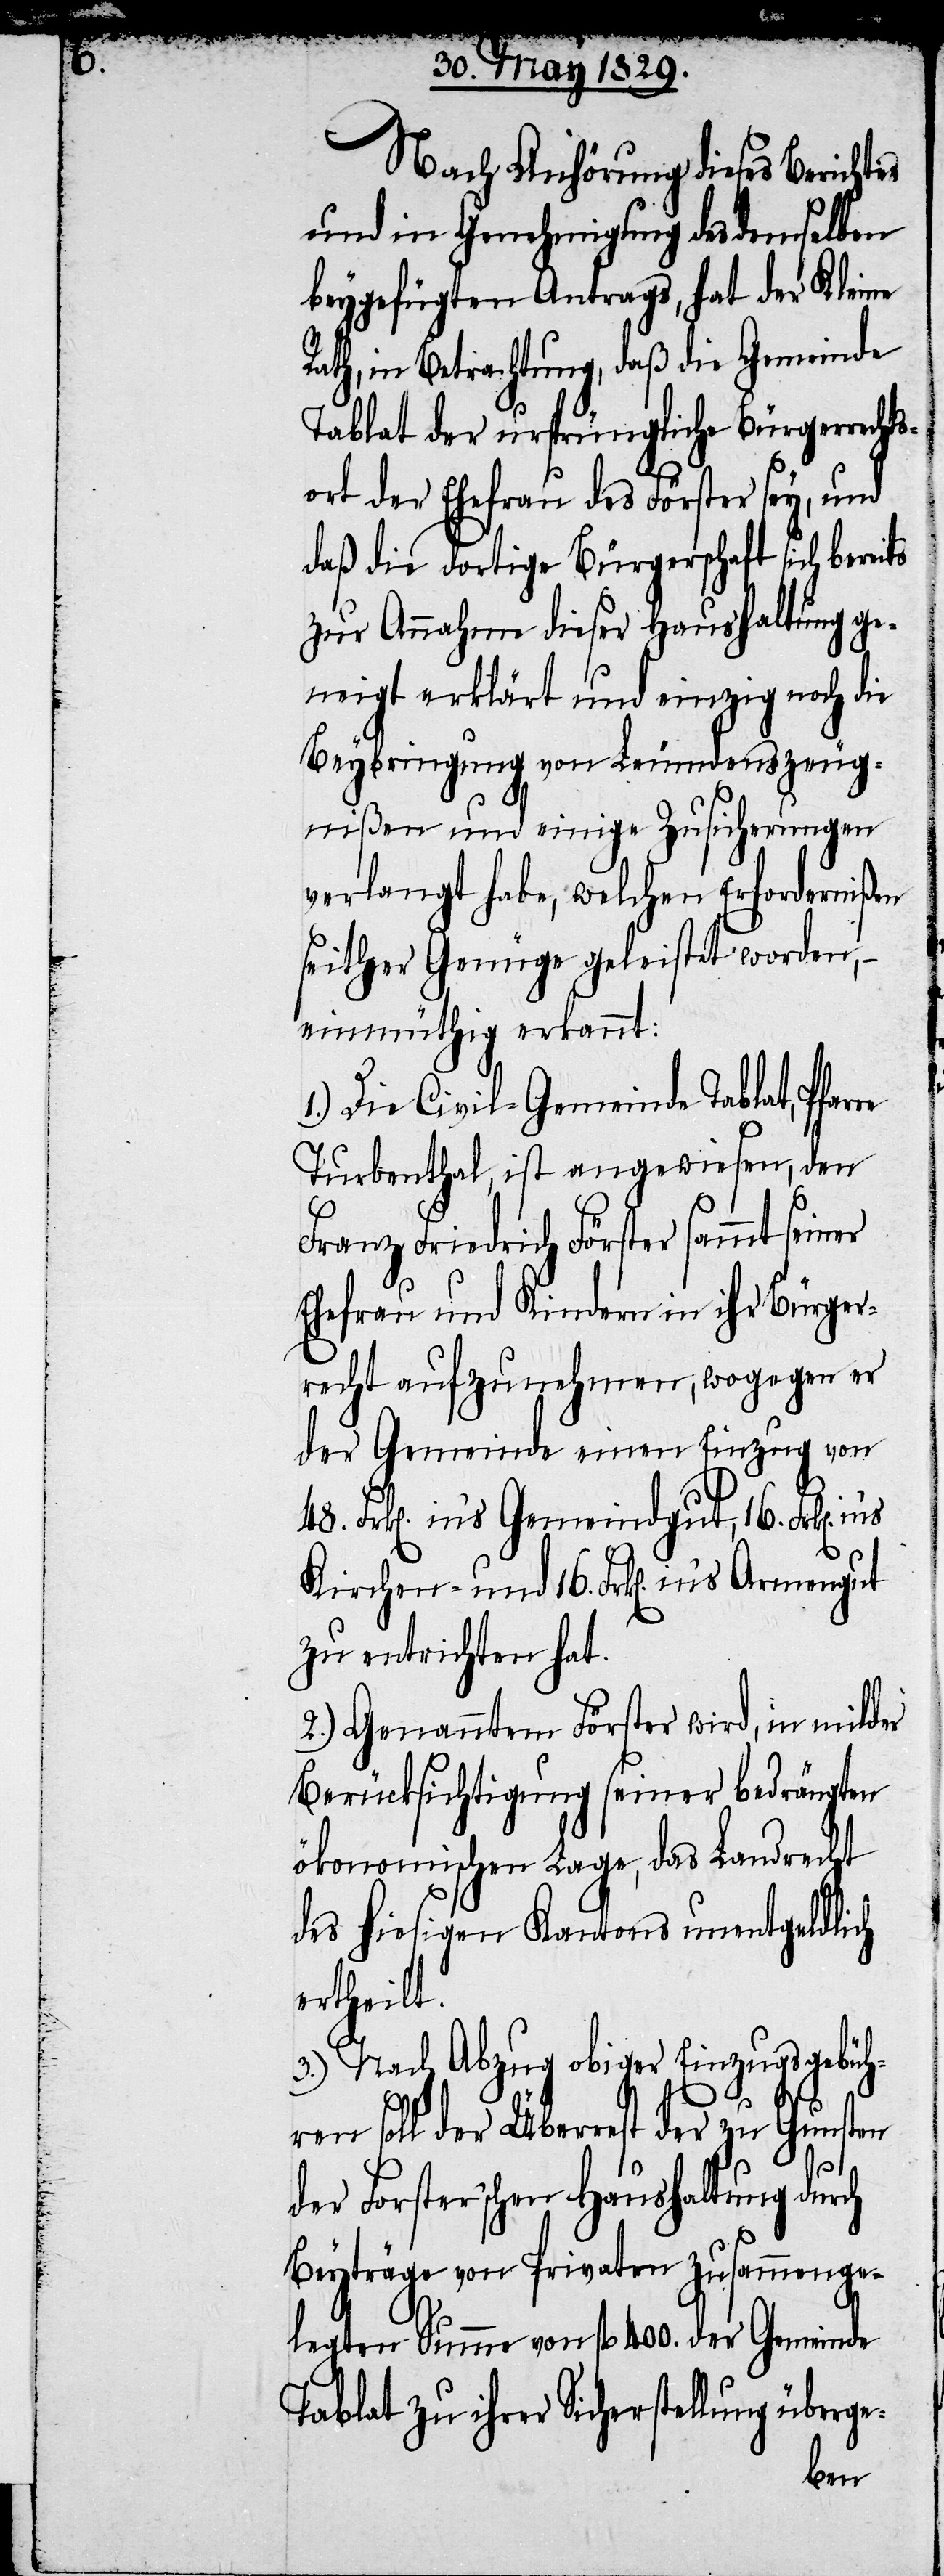
Nach Anhörung dieses Berichtes
und in Genehmigung des demselben
beygefügten Antrags, hat der Kleine
Rath, in Betrachtung, daß die Gemeinde
Tablat der ursprüngliche Bürgerrechts¬
ort der Ehefrau des Förster sey, und
daß die dortige Bürgerschaft sich bereits
zur Annahme dieser Haushaltung ge¬
neigt erklärt und einzig noch die
Beybringung von Leumdenzeug¬
nißen und einige Zusicherungen
verlangt habe, welchen Erfordernißen
seither Genüge geleistet worden,–
einmüthig erkannt:
1.) Die Civil-Gemeinde Tablat, Pfar¬
Turbenthal, ist angewiesen, den
er
Franz Friedrich Förster sammt sein¬
Ehefrau und Kindern in ihr Bürger¬
recht aufzunehmen, wogegen er
der Gemeinde einen Einzug von
48. Frk[en]. in’s Gemeindgut, 16. Frk[en].
Kirchen- und 16. Frk[en]. in’s
zu entrichten hat.
2.) Genanntem Förster wird, in milder
Berücksichtigung seiner bedrängten
ökonomischen Lage, das Landrecht
des hiesigen Kantons unentgeldlich
ertheilt.
3.) Nach Abzug obiger Einzugsgebühr¬
en soll der Überrest der zu Gunsten
der Forster’schen Haushaltung durch
Beyträge von Privaten zusammenge¬
legten Summe von fl. 400. der Gemeinde
Tablat zu ihrer Sicherstellung überge-